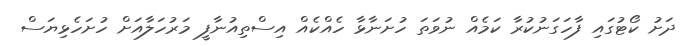
ދަށު ކޯޓުގައި ފާހަގަނުކުރާ ކަމެއް ނުވަތަ ހުށަނާޅާ ހެއްކެއް އިސްތިއުނާފީ މަރުހަލާއަށް ހުށަހެޅިޔަސް